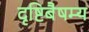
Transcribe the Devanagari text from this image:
दृष्टिबैषम्य